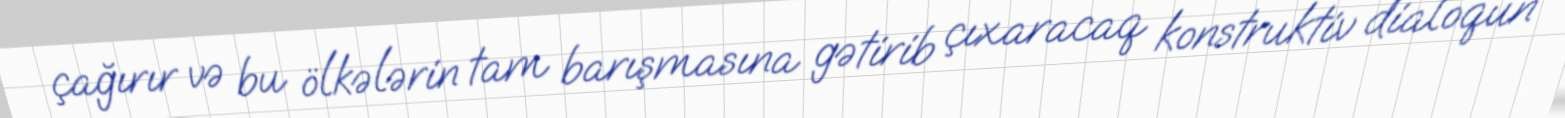
çağırır və bu ölkələrin tam barışmasına gətirib çıxaracaq konstruktiv dialoqun